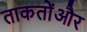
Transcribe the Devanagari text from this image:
ताकतोंऔर